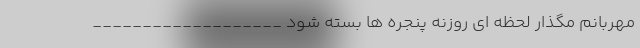
مهربانم مگذار لحظه ای روزنه پنجره ها بسته شود ___________________